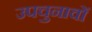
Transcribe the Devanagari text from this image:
उपचुनावों